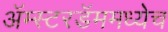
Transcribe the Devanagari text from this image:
अॅम्स्टरडॅममध्येच